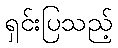
ရှင်းပြသည့်